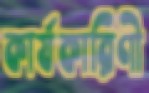
কার্যকারিণী